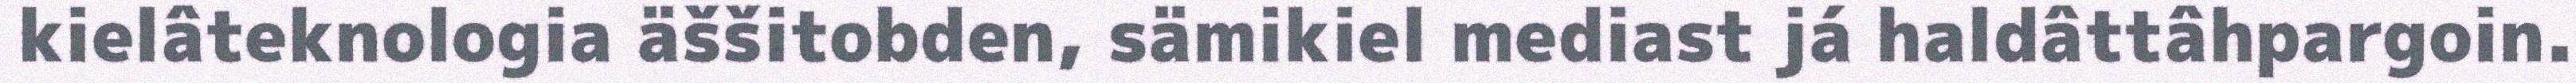
kielâteknologia äššitobden, sämikiel mediast já haldâttâhpargoin.